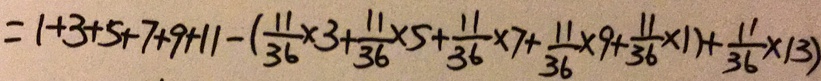
= 1 + 3 + 5 + 7 + 9 + 1 1 - ( \frac { 1 1 } { 3 6 } \times 3 + \frac { 1 1 } { 3 6 } \times 5 + \frac { 1 1 } { 3 6 } \times 7 + \frac { 1 1 } { 3 6 } \times 9 + \frac { 1 1 } { 3 6 } \times 1 1 + \frac { 1 1 } { 3 6 } \times 1 3 )